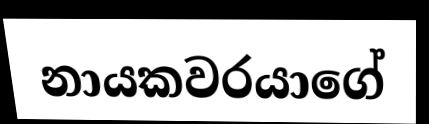
නායකවරයාගේ